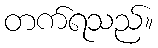
တက်ရသည်။